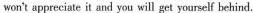
won't appreciate it and you will get yourself behind.